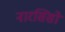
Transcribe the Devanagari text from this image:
नारसिसो